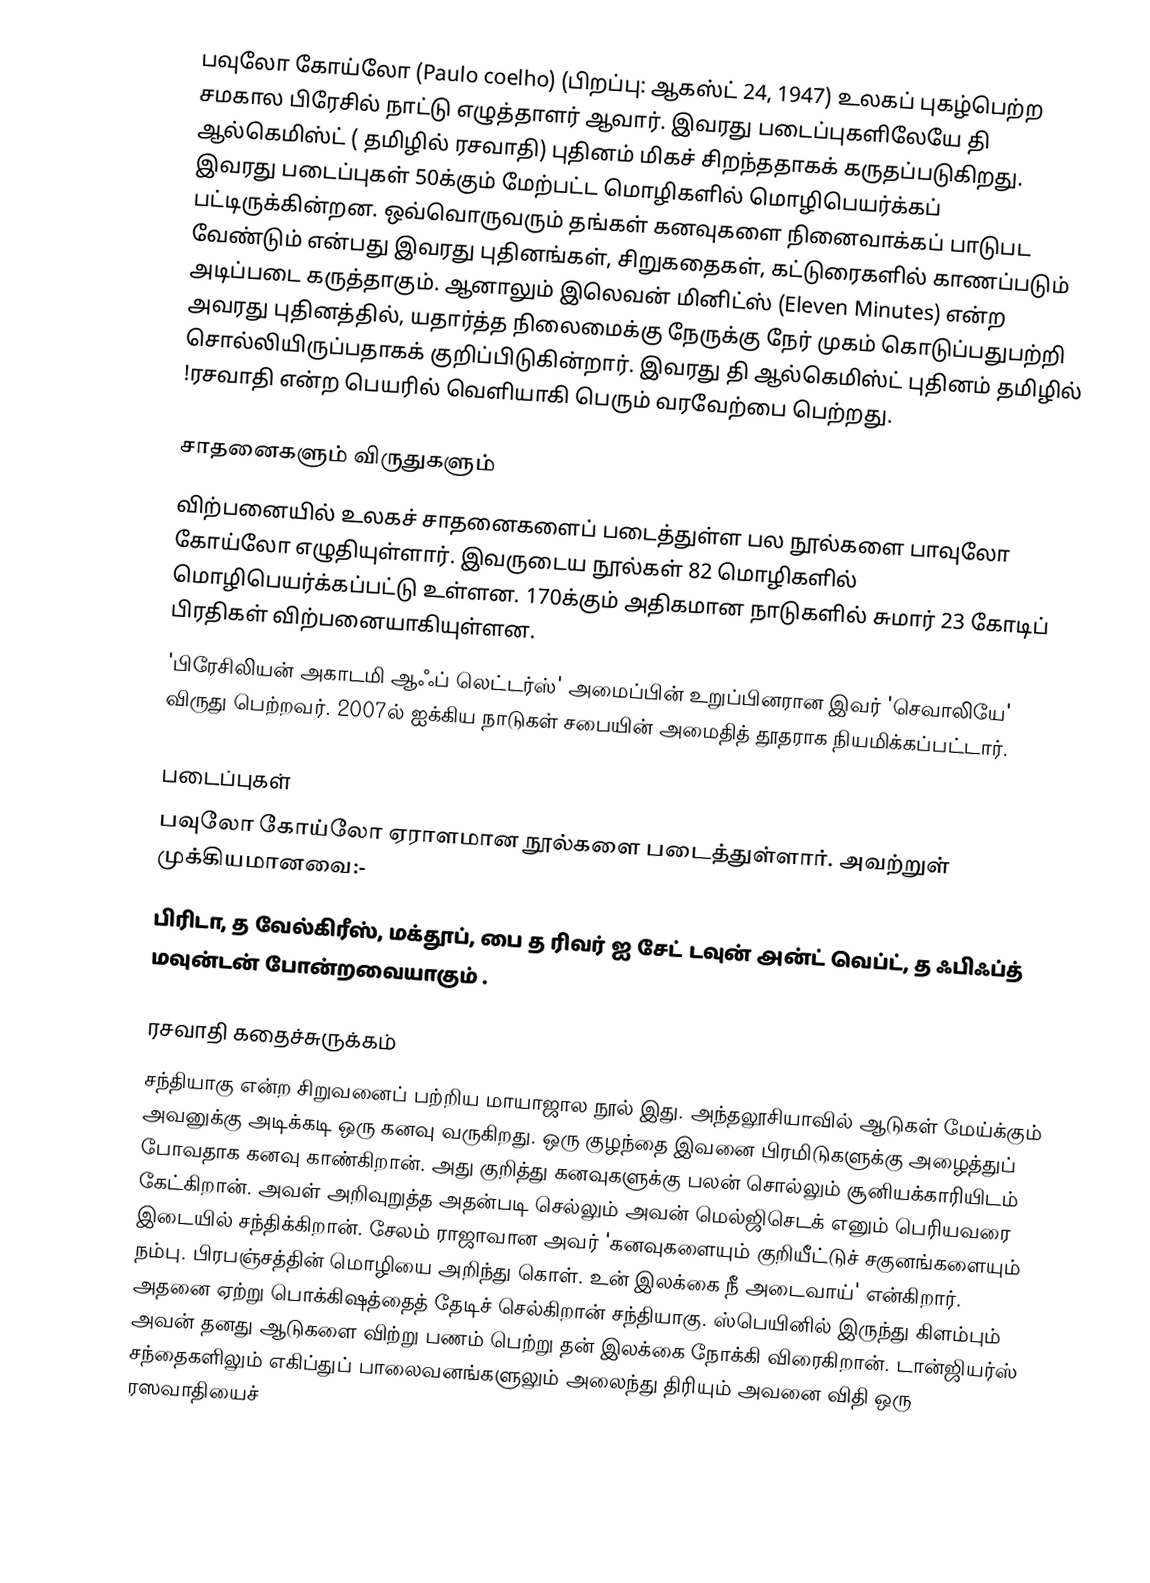
பவுலோ கோய்லோ (Paulo coelho) (பிறப்பு: ஆகஸ்ட் 24, 1947) உலகப் புகழ்பெற்ற சமகால பிரேசில் நாட்டு எழுத்தாளர் ஆவார். இவரது படைப்புகளிலேயே தி ஆல்கெமிஸ்ட்       ( தமிழில் ரசவாதி) புதினம் மிகச் சிறந்ததாகக் கருதப்படுகிறது. இவரது படைப்புகள் 50க்கும் மேற்பட்ட மொழிகளில் மொழிபெயர்க்கப் பட்டிருக்கின்றன. ஒவ்வொருவரும் தங்கள் கனவுகளை நினைவாக்கப் பாடுபட வேண்டும் என்பது இவரது புதினங்கள், சிறுகதைகள், கட்டுரைகளில் காணப்படும் அடிப்படை கருத்தாகும். ஆனாலும் இலெவன் மினிட்ஸ் (Eleven Minutes) என்ற அவரது புதினத்தில், யதார்த்த நிலைமைக்கு நேருக்கு நேர் முகம் கொடுப்பதுபற்றி சொல்லியிருப்பதாகக் குறிப்பிடுகின்றார். இவரது தி ஆல்கெமிஸ்ட் புதினம் தமிழில் !ரசவாதி என்ற பெயரில் வெளியாகி பெரும் வரவேற்பை பெற்றது.

சாதனைகளும் விருதுகளும்
விற்பனையில் உலகச் சாதனைகளைப் படைத்துள்ள பல நூல்களை பாவுலோ கோய்லோ எழுதியுள்ளார். இவருடைய நூல்கள் 82 மொழிகளில் மொழிபெயர்க்கப்பட்டு உள்ளன. 170க்கும் அதிகமான நாடுகளில் சுமார் 23 கோடிப் பிரதிகள் விற்பனையாகியுள்ளன.
'பிரேசிலியன் அகாடமி ஆஃப் லெட்டர்ஸ்' அமைப்பின் உறுப்பினரான இவர் 'செவாலியே' விருது பெற்றவர்.  2007ல் ஐக்கிய நாடுகள் சபையின் அமைதித் தூதராக நியமிக்கப்பட்டார்.

படைப்புகள்
பவுலோ கோய்லோ ஏராளமான நூல்களை படைத்துள்ளார். அவற்றுள் முக்கியமானவை:-
பிரிடா, த வேல்கிரீஸ், மக்தூப், பை த ரிவர் ஐ சேட் டவுன் அன்ட் வெப்ட், த ஃபிஃப்த் மவுன்டன் போன்றவையாகும் .

ரசவாதி கதைச்சுருக்கம்
சந்தியாகு என்ற சிறுவனைப் பற்றிய மாயாஜால நூல் இது. அந்தலூசியாவில் ஆடுகள் மேய்க்கும் அவனுக்கு அடிக்கடி ஒரு கனவு வருகிறது. ஒரு குழந்தை இவனை பிரமிடுகளுக்கு அழைத்துப் போவதாக கனவு காண்கிறான்.  அது குறித்து கனவுகளுக்கு பலன் சொல்லும் சூனியக்காரியிடம் கேட்கிறான். அவள் அறிவுறுத்த அதன்படி செல்லும் அவன் மெல்ஜிசெடக் எனும் பெரியவரை இடையில் சந்திக்கிறான். சேலம் ராஜாவான அவர் 'கனவுகளையும் குறியீட்டுச் சகுனங்களையும் நம்பு. பிரபஞ்சத்தின் மொழியை அறிந்து கொள். உன் இலக்கை நீ அடைவாய்' என்கிறார். அதனை ஏற்று பொக்கிஷத்தைத் தேடிச் செல்கிறான் சந்தியாகு. ஸ்பெயினில் இருந்து கிளம்பும் அவன் தனது ஆடுகளை விற்று பணம் பெற்று தன் இலக்கை நோக்கி விரைகிறான். டான்ஜியர்ஸ் சந்தைகளிலும் எகிப்துப் பாலைவனங்களுலும் அலைந்து திரியும் அவனை விதி ஒரு ரஸவாதியைச்